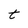
Character: t